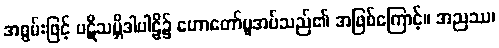
အစွမ်းဖြင့် ပဋိသမ္ဘိဒါပါဠိ၌ ဟောတော်မူအပ်သည်၏ အဖြစ်ကြောင့်။ အညဿ၊